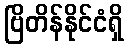
ဗြိတိန်နိုင်ငံရှိ